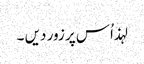
لہذ اُس پر زور دیں ۔